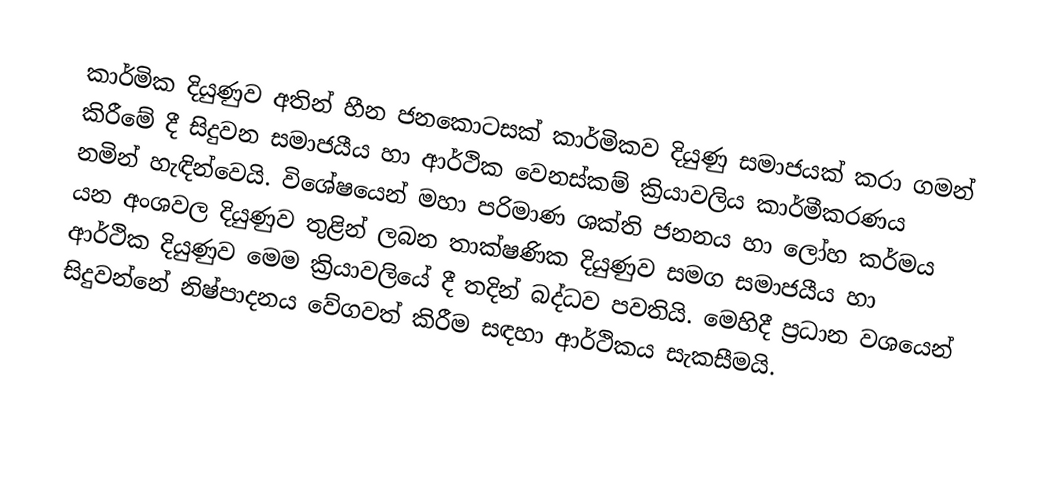
කාර්මික දියුණුව අතින් හීන ජනකොටසක් කාර්මිකව දියුණු සමාජයක් කරා ගමන් කිරීමේ දී සිදුවන සමාජයීය හා ආර්ථික වෙනස්කම් ක්‍රියාවලිය කාර්මීකරණය නමින් හැඳින්වෙයි. විශේෂයෙන් මහා පරිමාණ ශක්ති ජනනය හා ලෝහ කර්මය යන අංශවල දියුණුව තුළින් ලබන තාක්ෂණික දියුණුව සමග සමාජයීය හා ආර්ථික දියුණුව මෙම ක්‍රියාවලියේ දී තදින් බද්ධව පවතියි. මෙහිදී ප්‍රධාන වශයෙන් සිදුවන්නේ නිෂ්පාදනය වේගවත් කිරීම සඳහා ආර්ථිකය සැකසීමයි.